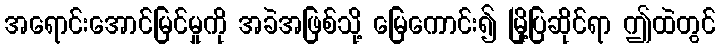
အရောင်းအောင်မြင်မှုကို အခဲအဖြစ်သို့ မြေကောင်း၍ မြို့ပြဆိုင်ရာ ဤထဲတွင်